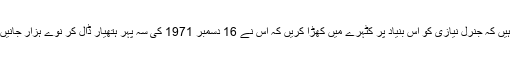
اور ہم چاہتے ہیں کہ جنرل نیازی کو اس بنیاد پر کٹہرے میں کھڑا کریں کہ اس نے 16 دسمبر 1971 کی سہ پہر ہتھیار ڈال کر نوے ہزار جانیں کیوں بچا لیں۔